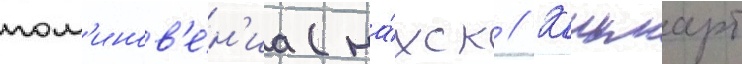
пом'инов'е́н'иа (на́хск // Кашмарт